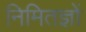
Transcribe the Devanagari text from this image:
निमितज्ञों